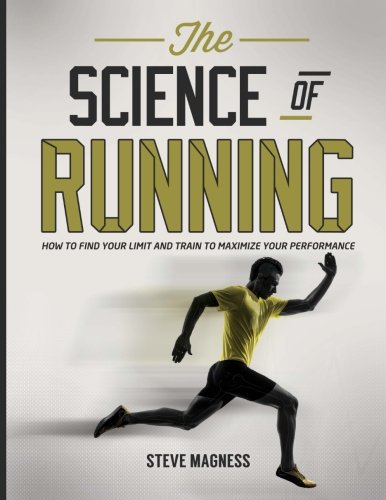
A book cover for The Science of Running: How to find your limit and train to maximize your performance; Steve Magness; Health, Fitness & Dieting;